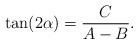
LaTeX: \begin{align*}\tan(2\alpha) = {C\over A - B} .\end{align*}